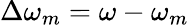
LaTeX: \Delta\omega_{m}=\omega-\omega_{m}